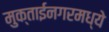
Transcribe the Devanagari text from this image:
मुक्ताईनगरमध्ये